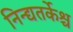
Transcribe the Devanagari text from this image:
निन्द्यतर्केश्च